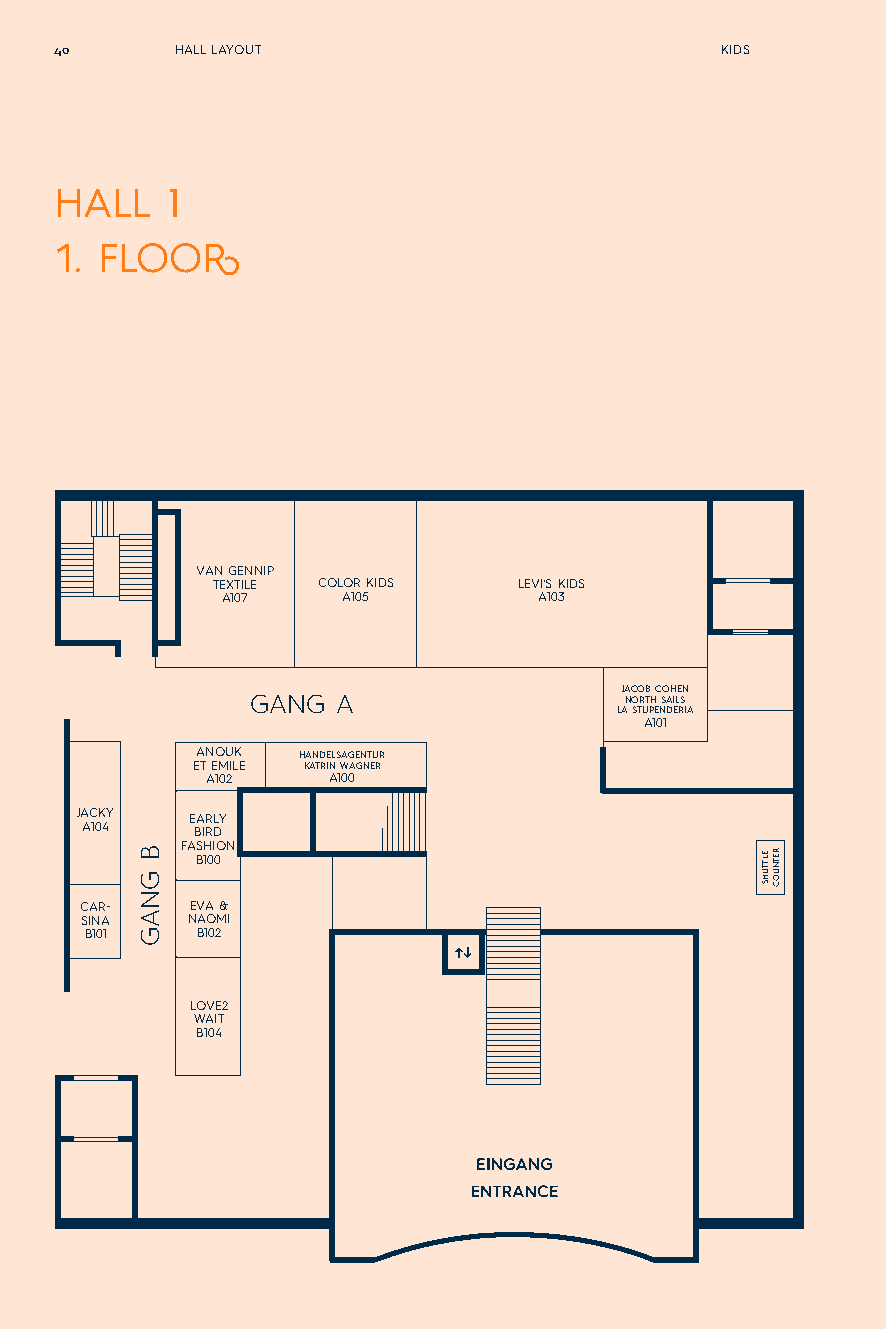
40      HALL LAYOUT                         KIDS
 HALL   1
 1. FLOOR
 VAN GENNIP
 TEXTILE COLOR KIDS  LEVI‘S KIDS
 A107    A105         A103
 JACOB COHEN
 GANG A                  NORTH SAILS
 LA STUPENDERIA
 A101
 ANOUK  HANDELSAGENTUR
 ET EMILE KATRIN WAGNER
 A102    A100
 JACKY   EARLY
 A104    BIRD
 FASHION B100
 CAR-    EVA &
 SINA   NAOMI
 B101   B102
 LOVE2
 WAIT
 B104
 B
 GNAG
 ELTTUHS RETNUOC